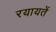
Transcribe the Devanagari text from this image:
रयायतें